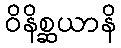
ဝိနိစ္ဆယာနိ